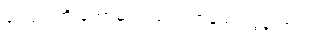
ခင်ဗျားတို့ ကော်မရှင် ပေးတာနည်းလွန်းတယ်။